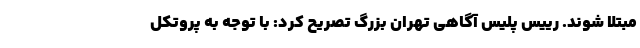
مبتلا شوند. رییس پلیس آگاهی تهران بزرگ تصریح کرد: با توجه به پروتکل